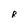
Character: R